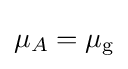
\mu _{A}=\mu _{\text{g}}